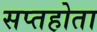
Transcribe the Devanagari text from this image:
सप्तहोता